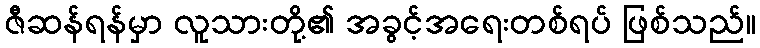
ဇီဆန်ရန်မှာ လူသားတို့၏ အခွင့်အရေးတစ်ရပ် ဖြစ်သည်။